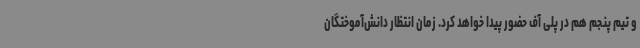
و تیم پنجم هم در پلی آف حضور پیدا خواهد کرد. زمان انتظار دانش‌آموختگان